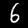
Label: 6